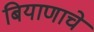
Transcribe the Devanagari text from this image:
बियाणाचे